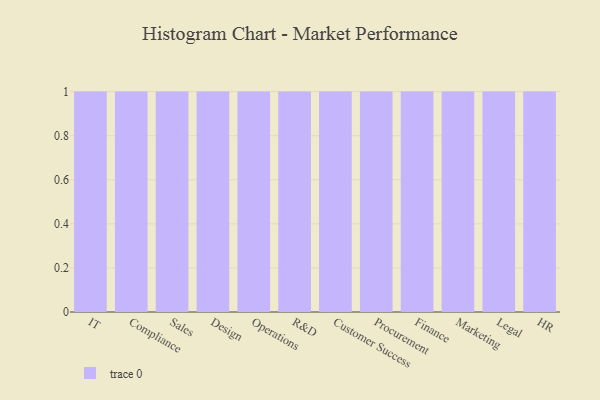
{"axis": {"x": "Department", "y": "Operating Costs (USD K)"}, "legend": [""], "data": [{"x": "IT", "y": 35, "type": ""}, {"x": "Compliance", "y": 50, "type": ""}, {"x": "Sales", "y": 7, "type": ""}, {"x": "Design", "y": 60, "type": ""}, {"x": "Operations", "y": 20, "type": ""}, {"x": "R&D", "y": 4, "type": ""}, {"x": "Customer Success", "y": 81, "type": ""}, {"x": "Procurement", "y": 35, "type": ""}, {"x": "Finance", "y": 47, "type": ""}, {"x": "Marketing", "y": 47, "type": ""}, {"x": "Legal", "y": 98, "type": ""}, {"x": "HR", "y": 69, "type": ""}]}